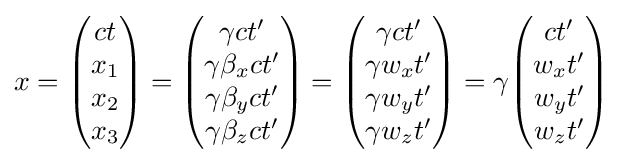
x={\begin{pmatrix}ct\\x_{1}\\x_{2}\\x_{3}\end{pmatrix}}={\begin{pmatrix}\gamma ct'\\\gamma \beta _{x}ct'\\\gamma \beta _{y}ct'\\\gamma \beta _{z}ct'\end{pmatrix}}={\begin{pmatrix}\gamma ct'\\\gamma w_{x}t'\\\gamma w_{y}t'\\\gamma w_{z}t'\end{pmatrix}}=\gamma {\begin{pmatrix}ct'\\w_{x}t'\\w_{y}t'\\w_{z}t'\end{pmatrix}}